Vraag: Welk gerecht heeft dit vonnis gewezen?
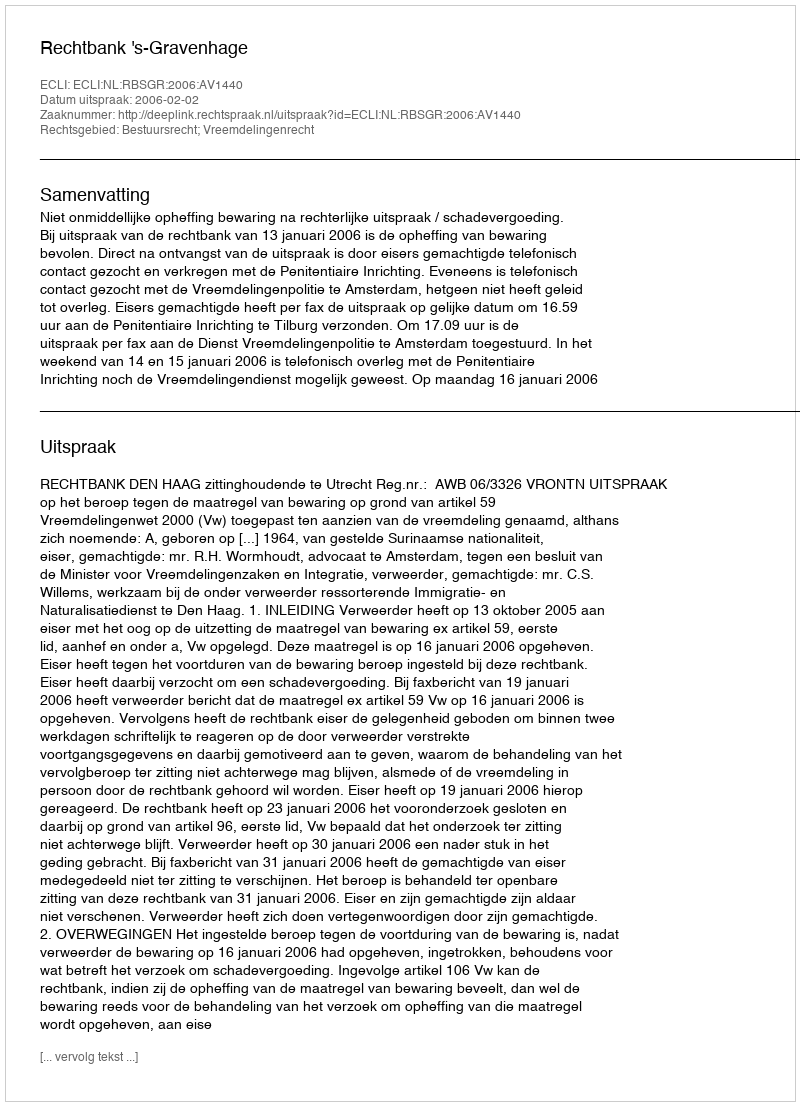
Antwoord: Rechtbank 's-Gravenhage